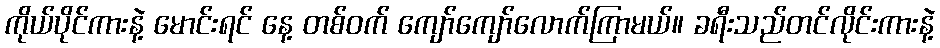
ကိုယ်ပိုင်ကားနဲ့ မောင်းရင် နေ့ တစ်ဝက် ကျော်ကျော်လောက်ကြာမယ်။ ခရီးသည်တင်လိုင်းကားနဲ့